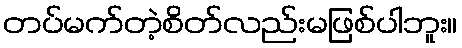
တပ်မက်တဲ့စိတ်လည်းမဖြစ်ပါဘူး။